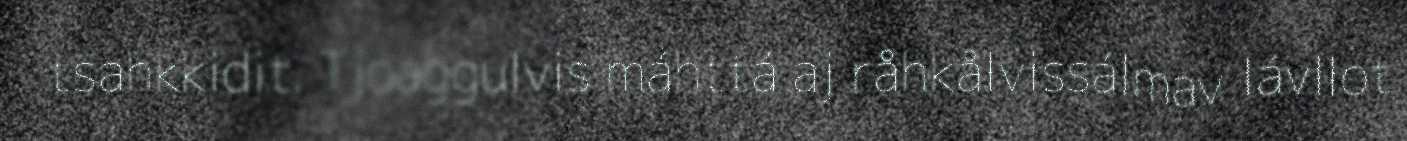
tsahkkidit. Tjoaggulvis máhttá aj råhkålvissálmav lávllot